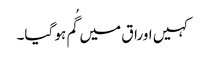
کہیں اوراق میں گُم ہو گیا۔